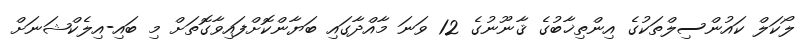
ލޯކަލް ކައުންސިލްތަކުގެ އިންތިޚާބުގެ ޤާނޫނުގެ 12 ވަނަ މާއްދާގައި ބަޔާންކޮށްފައިވާގޮތަށް މި ބައި-އިލެކްޝަނަށް